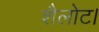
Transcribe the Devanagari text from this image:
शैलोट।